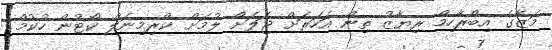
މަޒާގެ އިބްރާހިމް ރިޔާޒު ތިން އަހަރަށް ޖަލަށް ލުމަށް ކްރިމިނަލް ކޯޓުން ހުކުމް